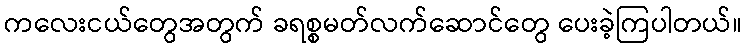
ကလေးငယ်တွေအတွက် ခရစ္စမတ်လက်ဆောင်တွေ ပေးခဲ့ကြပါတယ်။